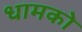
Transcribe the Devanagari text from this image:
धामको